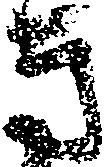
方